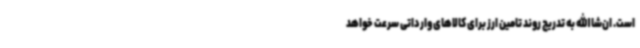
است. ان‌شاالله به تدریج روند تامین ارز برای کالاهای وارداتی سرعت خواهد